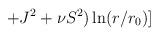
LaTeX: \begin{align*}+J^2 + \nu S^2)\ln(r/r_0)] \\\end{align*}